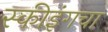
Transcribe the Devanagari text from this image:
स्कीइंगचा